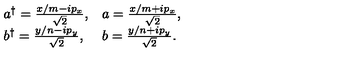
\begin{array} { l l } { a ^ { \dagger } = \frac { x / m - i p _ { x } } { \sqrt { 2 } } , } & { a = \frac { x / m + i p _ { x } } { \sqrt { 2 } } , } \\ { b ^ { \dagger } = \frac { y / n - i p _ { y } } { \sqrt { 2 } } , } & { b = \frac { y / n + i p _ { y } } { \sqrt { 2 } } . } \\ \end{array}